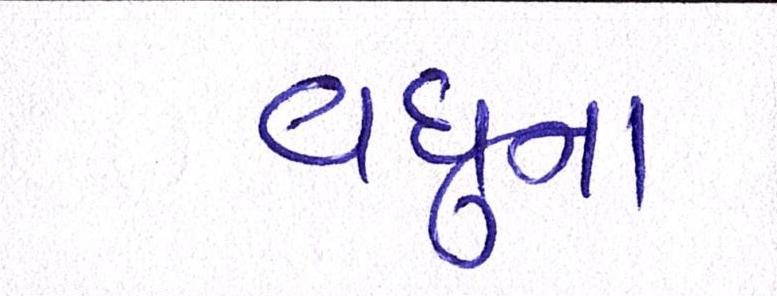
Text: વધુના